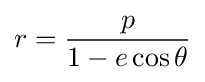
r={\frac {p}{1-e\cos \theta }}